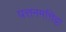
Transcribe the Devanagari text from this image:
पत्तनमत्तिट्टा